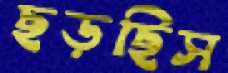
ছড়ছিস